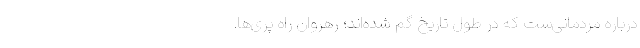
درباره مردمانی‌‌ست که در طول تاریخ گم شده‌اند؛ رهروان راه پری‌ها.